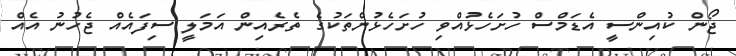
ޖޯން ކުއިންސީ އެޑަމްސް ހުށަހެޅުއްވި ހުށަހެޅުންތަކުގެ ތެރެއިން އަމަލީ ސިފައެއް ޖެހުނު އެއް